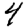
Digit: 4